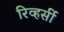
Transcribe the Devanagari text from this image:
रिव्हर्सी